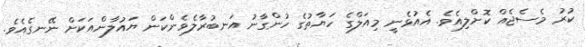
ކުރު މެސެޖެއް ކޮށްލިއެވެ. އެއުޅެނީ މިއަލްގެ ހަޔާތުގެ ހުންގާނު އަނބުރާލެވެންކަން ޔައުލާންއަކަށް ނޭނގެއެވެ.